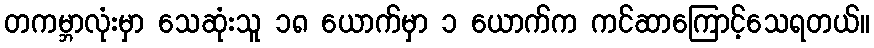
တကမ္ဘာလုံးမှာ သေဆုံးသူ ၁၈ ယောက်မှာ ၁ ယောက်က ကင်ဆာကြောင့်သေရတယ်။